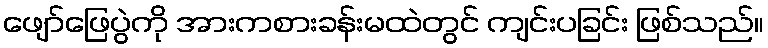
ဖျော်ဖြေပွဲကို အားကစားခန်းမထဲတွင် ကျင်းပခြင်း ဖြစ်သည်။